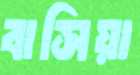
বাসিয়া